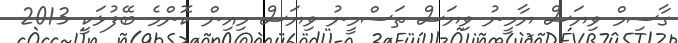
ގާސިމް ވިޔަސް ޔާމީނު ވިޔަސް ތަސްމީނު ވިޔަސް މިއިން ކޮންމެ ބޭފުޅަކީ 2013